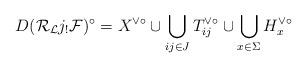
LaTeX: \begin{align*}D({\cal R}_{\cal L}j_!{\cal F})^\circ=X^{\vee\circ}\cup \bigcup_{ij \in J}T_{ij}^{\vee \circ}\cup\bigcup_{x\in \Sigma}H_x^{\vee \circ}\end{align*}